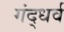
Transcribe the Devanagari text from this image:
गंद्धर्व